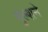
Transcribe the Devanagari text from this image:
गुल्शने